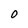
Character: O